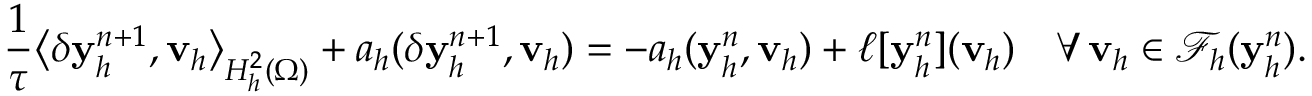
\frac { 1 } { \tau } \big \langle \delta \mathbf { y } _ { h } ^ { n + 1 } , \mathbf { v } _ { h } \big \rangle _ { H _ { h } ^ { 2 } ( \Omega ) } + a _ { h } ( \delta \mathbf { y } _ { h } ^ { n + 1 } , \mathbf { v } _ { h } ) = - a _ { h } ( \mathbf { y } _ { h } ^ { n } , \mathbf { v } _ { h } ) + \ell [ \mathbf { y } _ { h } ^ { n } ] ( \mathbf { v } _ { h } ) \quad \forall \, \mathbf { v } _ { h } \in \mathcal { F } _ { h } ( \mathbf { y } _ { h } ^ { n } ) .